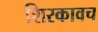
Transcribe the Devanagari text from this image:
शिरकावच